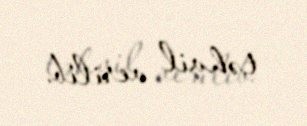
təhvil verilib.